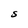
Character: S